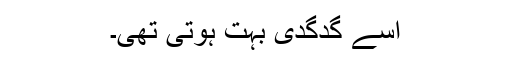
اسے گدگدی بہت ہوتی تھی۔